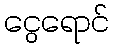
ငွေရောင်